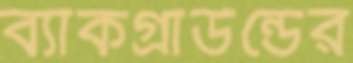
ব্যাকগ্রাউন্ডের